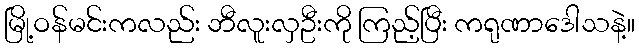
မြို့ဝန်မင်းကလည်း ဘီလူးလှဦးကို ကြည့်ပြီး ကရုဏာဒေါသနဲ့။